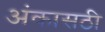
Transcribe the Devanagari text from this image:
अंकासठी